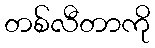
တစ်လီတာကို